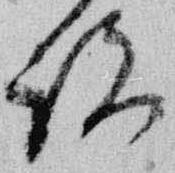
説